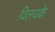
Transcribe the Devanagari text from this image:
विलयके